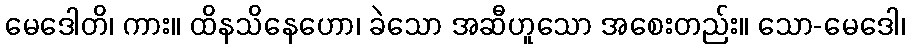
မေဒေါတိ၊ ကား။ ထိနသိနေဟော၊ ခဲသော အဆီဟူသော အစေးတည်း။ သော-မေဒေါ၊